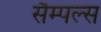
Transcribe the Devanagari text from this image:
सैम्पल्स